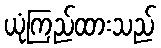
ယုံကြည်ထားသည်